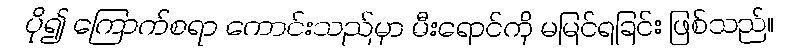
ပို၍ ကြောက်စရာ ကောင်းသည်မှာ မီးရောင်ကို မမြင်ရခြင်း ဖြစ်သည်။